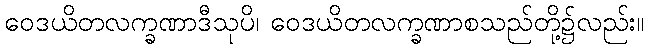
ဝေဒယိတလက္ခဏာဒီသုပိ၊ ဝေဒယိတလက္ခဏာစသည်တို့၌လည်း။